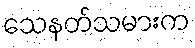
သေနတ်သမားက